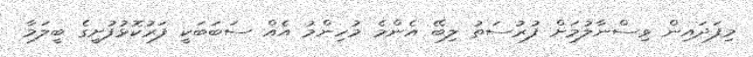
މިފަދައިން ވިސްނާލުމަށް ފުރުސަތު ލިބޭ އެންމެ މުހިންމު އެއް ސަބަބަކީ ފަރުކޮޅުފުށީގެ ބީލަމާ